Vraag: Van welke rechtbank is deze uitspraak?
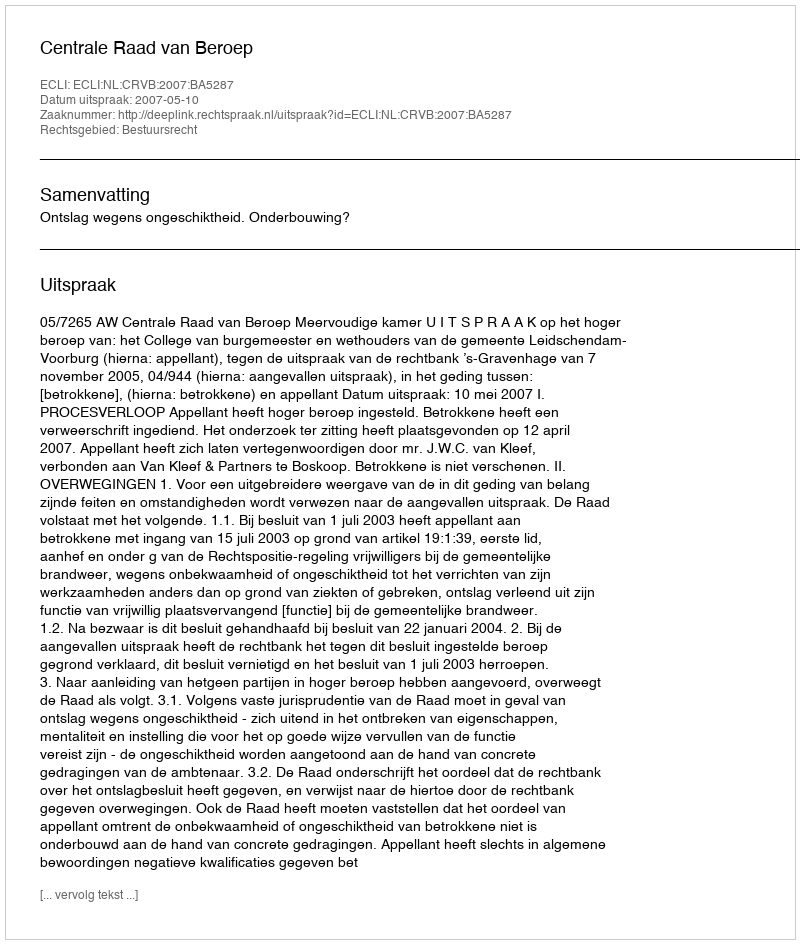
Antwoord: Centrale Raad van Beroep